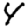
Digit: 4